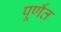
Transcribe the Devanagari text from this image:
पूर्णँत